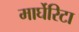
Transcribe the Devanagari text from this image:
मार्घेरिटा